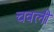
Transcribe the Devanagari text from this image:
चवली